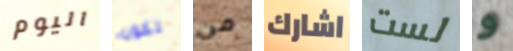
اليوم تكون من اشارك لست و